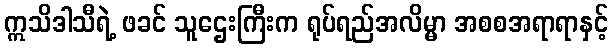
ဣသိဒါသီရဲ့ ဖခင် သူဌေးကြီးက ရုပ်ရည်အလိမ္မာ အစစအရာရာနှင့်